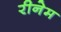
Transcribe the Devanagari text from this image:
रीनेम